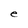
Character: e